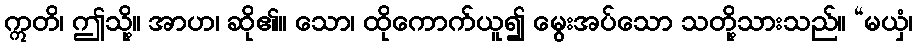
ဣတိ၊ ဤသို့။ အာဟ၊ ဆို၏။ သော၊ ထိုကောက်ယူ၍ မွေးအပ်သော သတို့သားသည်။ “မယှံ၊